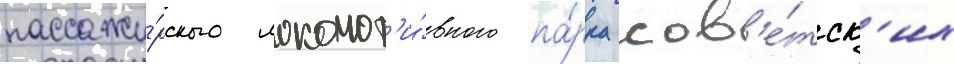
пассажи́рского локомот'и́вного па́рка сов'е́тск'их